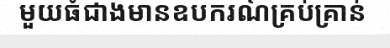
មួយធំជាងមានឧបករណ៍គ្រប់គ្រាន់